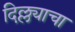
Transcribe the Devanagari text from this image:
दिल्ल्याचा